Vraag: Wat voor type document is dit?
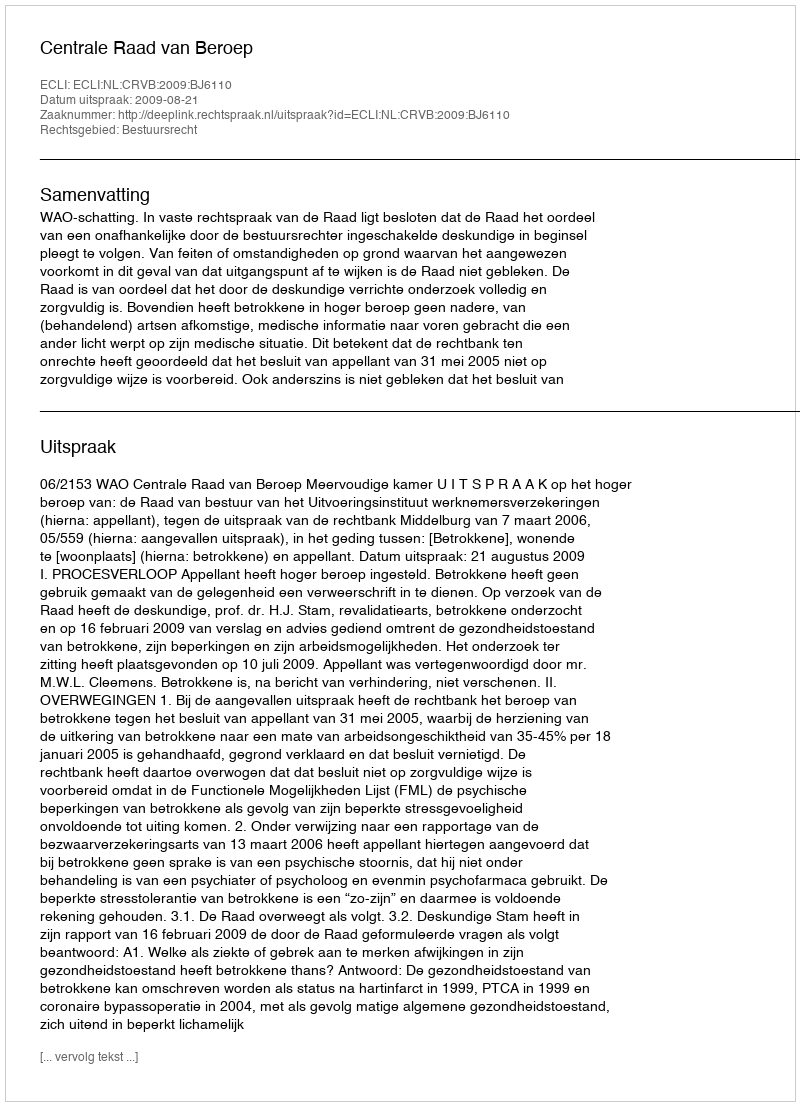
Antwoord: Uitspraak